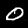
Label: 0